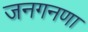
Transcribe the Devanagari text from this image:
जनगनणा